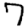
Digit: 7